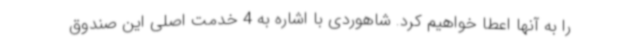
را به آنها اعطا خواهیم کرد. شاهوردی با اشاره به 4 خدمت اصلی این صندوق